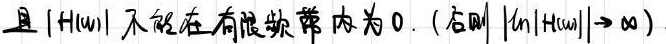
且 $|H(\omega)|$ 不能在有限频带内为 0. (否则 $|y_n||H(\omega)| \to \infty$)